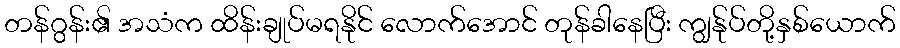
တန်ဂွန်း၏ အသံက ထိန်းချုပ်မရနိုင် လောက်အောင် တုန်ခါနေပြီး ကျွန်ုပ်တို့နှစ်ယောက်